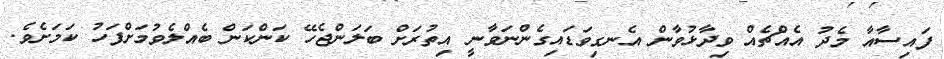
ފައިސާއާ މެދު އެއްޗެއް ވިދާޅުވާން އެނގިވަޑައިގެންނަވާނީ އިތުރަށް ބަލަންޖެހޭ ކަންކަން ބެއްލެވުމަށްފަހު ކަމަށެވެ.